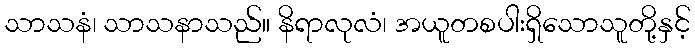
သာသနံ၊ သာသနာသည်။ နိရာလုလံ၊ အယူတစပါးရှိသောသူတို့နှင့်